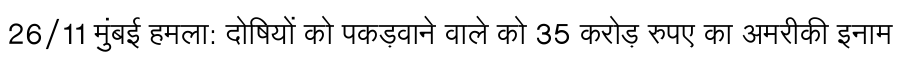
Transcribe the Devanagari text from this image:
26/11 मुंबई हमला: दोषियों को पकड़वाने वाले को 35 करोड़ रुपए का अमरीकी इनाम